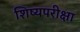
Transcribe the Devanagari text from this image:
शिष्यपरीक्षा